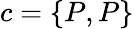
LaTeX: c=\{ P,P\}